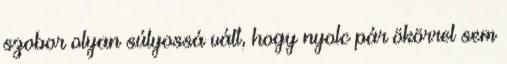
szobor olyan súlyossá vált, hogy nyolc pár ökörrel sem